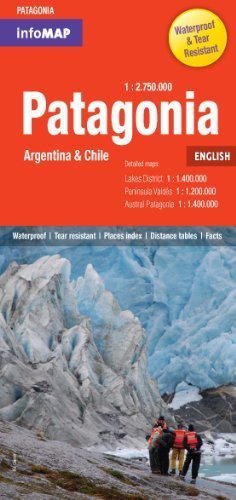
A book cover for by Pablo Curti, Horacio Raspeno, Mariana Juszkiewicz, Sergio Za Patagonia Infomap in English (2012) Map; Travel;